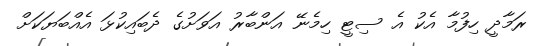
ރަމާދީ ހިފުމާ އެކު އެ ސިޓީ ހިމެނޭ އަންބާރު އަވަށުގެ ދެބައިކުޅަ އެއްބަޔަކަށް